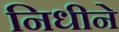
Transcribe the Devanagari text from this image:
निधीने